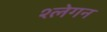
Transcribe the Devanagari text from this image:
श्लेगन